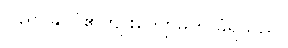
ပြည်ပနိုင်ငံ၏ကျူးကျော်မှုကို ခံရသည်။